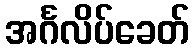
အင်္ဂလိပ်ခေတ်